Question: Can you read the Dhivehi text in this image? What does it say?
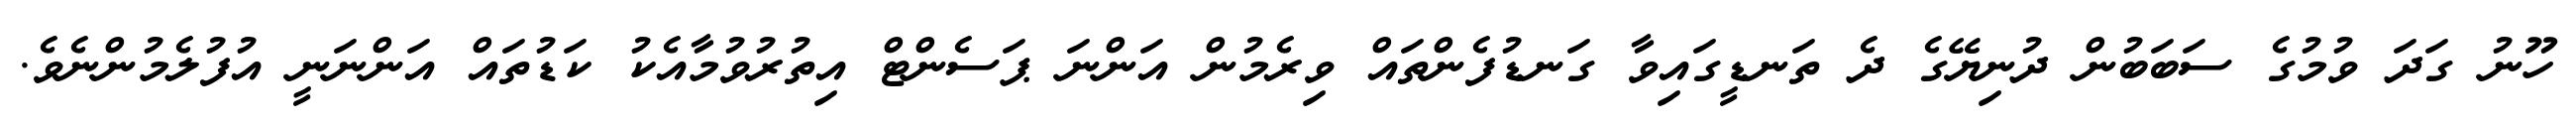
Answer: ހޫނު ގަދަ ވުމުގެ ސަބަބުން ދުނިޔޭގެ ދެ ތަނޑީގައިވާ ގަނޑުފެންތައް ވިރެމުން އަންނަ ޕަސެންޓް އިތުރުވުމާއެކު ކަޑުތައް އަންނަނީ އުފުލެމުންނެވެ.